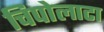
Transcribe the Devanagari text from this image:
चिपोलाटा